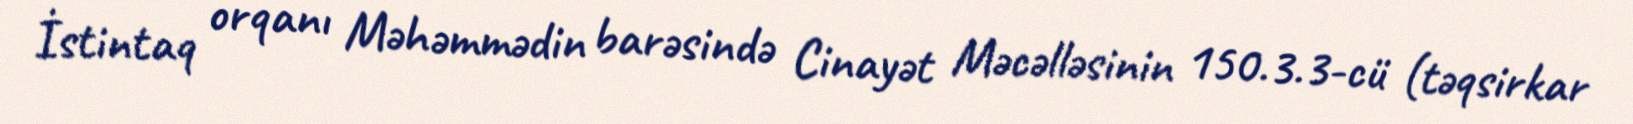
İstintaq orqanı Məhəmmədin barəsində Cinayət Məcəlləsinin 150.3.3-cü (təqsirkar